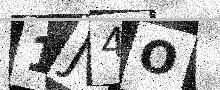
Text: 1J4O